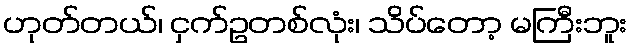
ဟုတ်တယ်၊ ငှက်ဥတစ်လုံး၊ သိပ်တော့ မကြီးဘူး